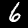
Digit: 6